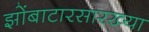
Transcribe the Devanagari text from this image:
झोंबाटारसारख्या